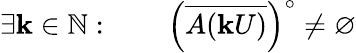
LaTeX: \exists\mathbf{k}\in\mathbb{{N}}:\qquad\left({\overline{{{A(\mathbf{k}U)}}}}\right)^{\circ}\neq\varnothing